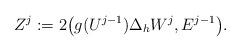
LaTeX: \begin{align*} Z^j := 2 \big( g(U^{j-1})\Delta_hW^{j},E^{j-1} \big). \end{align*}